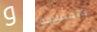
و بالمصادفة